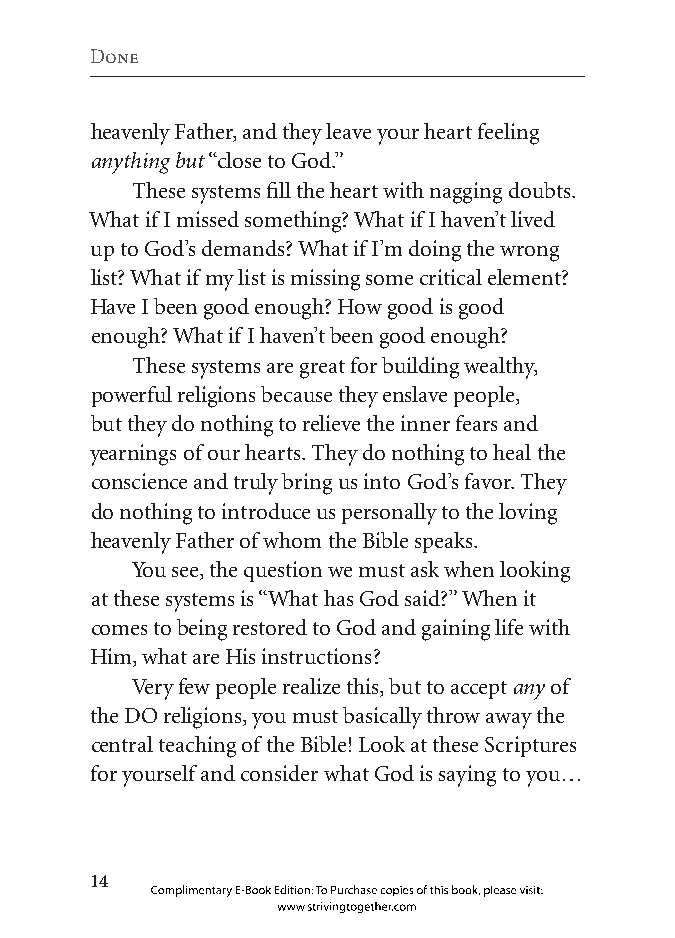
Done
 heavenly Father, and they leave your heart feeling
 anything but “close to God.”
 These systems fill the heart with nagging doubts.
 What if I missed something? What if I haven’t lived
 up to God’s demands? What if I’m doing the wrong
 list? What if my list is missing some critical element?
 Have I been good enough? How good is good
 enough? What if I haven’t been good enough?
 These systems are great for building wealthy,
 powerful religions because they enslave people,
 but they do nothing to relieve the inner fears and
 yearnings of our hearts. They do nothing to heal the
 conscience and truly bring us into God’s favor. They
 do nothing to introduce us personally to the loving
 heavenly Father of whom the Bible speaks.
 You see, the question we must ask when looking
 at these systems is “What has God said?” When it
 comes to being restored to God and gaining life with
 Him, what are His instructions?
 Very few people realize this, but to accept any of
 the DO religions, you must basically throw away the
 central teaching of the Bible! Look at these Scriptures
 for yourself and consider what God is saying to you…
 
 Complimentary E-Book Edition: To Purchase copies of this book, please visit:
 www.strivingtogether.com